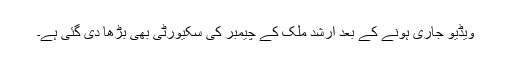
ویڈیو جاری ہونے کے بعد ارشد ملک کے چیمبر کی سکیورٹی بھی بڑھا دی گئی ہے۔